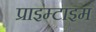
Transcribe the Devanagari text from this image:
प्राइम्टाइम